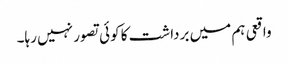
واقعی ہم میں برداشت کا کوئی تصور نہیں رہا۔